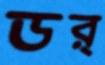
ডর্